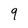
Character: 9